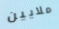
ملايين